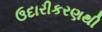
ઉદારીકરણથી